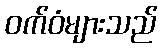
ဝက်ဝံများသည်